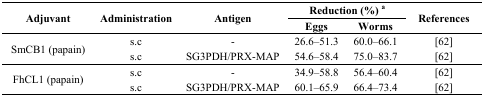
| <ROWSPAN=2> Adjuvant | <ROWSPAN=2> Administration | <ROWSPAN=2> Antigen | <COLSPAN=2> Reduction (%) a | <ROWSPAN=2> References |
 | Eggs | Worms |
 | --- | --- | --- | --- | --- | --- |
 | <ROWSPAN=2> SmCB1 (papain) | s.c | - | 26.6–51.3 | 60.0–66.1 | [62] |
 | s.c | SG3PDH/PRX-MAP | 54.6–58.4 | 75.0–83.7 | [62] |
 | <ROWSPAN=2> FhCL1 (papain) | s.c | - | 34.9–58.8 | 56.4–60.4 | [62] |
 | s.c | SG3PDH/PRX-MAP | 60.1–65.9 | 66.4–73.4 | [62] |